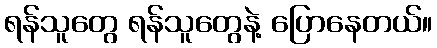
ရန်သူတွေ ရန်သူတွေနဲ့ ပြောနေတယ်။